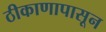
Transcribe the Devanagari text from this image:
ठीकाणापासून